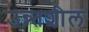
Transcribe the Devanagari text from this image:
उन्न्तशील